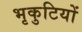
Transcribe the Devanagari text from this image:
भृकुटियों